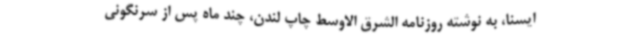
ایسنا، به نوشته روزنامه الشرق الاوسط چاپ لندن، چند ماه پس از سرنگونی